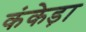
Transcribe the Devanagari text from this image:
कंकेड़ा